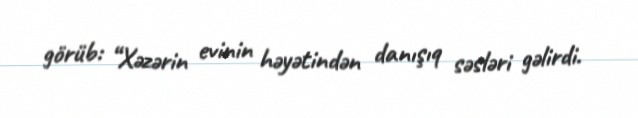
görüb: “Xəzərin evinin həyətindən danışıq səsləri gəlirdi.